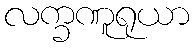
လက္ခဏူရုယာ